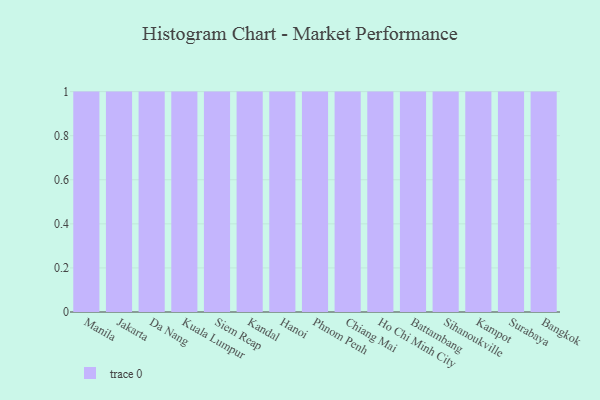
{"axis": {"x": "City", "y": "Operating Costs (USD K)"}, "legend": [""], "data": [{"x": "Manila", "y": 79, "type": ""}, {"x": "Jakarta", "y": 39, "type": ""}, {"x": "Da Nang", "y": 31, "type": ""}, {"x": "Kuala Lumpur", "y": 48, "type": ""}, {"x": "Siem Reap", "y": 72, "type": ""}, {"x": "Kandal", "y": 67, "type": ""}, {"x": "Hanoi", "y": 25, "type": ""}, {"x": "Phnom Penh", "y": 100, "type": ""}, {"x": "Chiang Mai", "y": 66, "type": ""}, {"x": "Ho Chi Minh City", "y": 10, "type": ""}, {"x": "Battambang", "y": 92, "type": ""}, {"x": "Sihanoukville", "y": 65, "type": ""}, {"x": "Kampot", "y": 36, "type": ""}, {"x": "Surabaya", "y": 87, "type": ""}, {"x": "Bangkok", "y": 15, "type": ""}]}